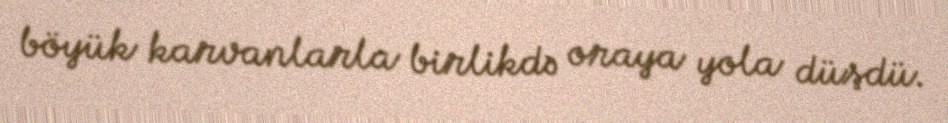
böyük karvanlarla birlikdə oraya yola düşdü.